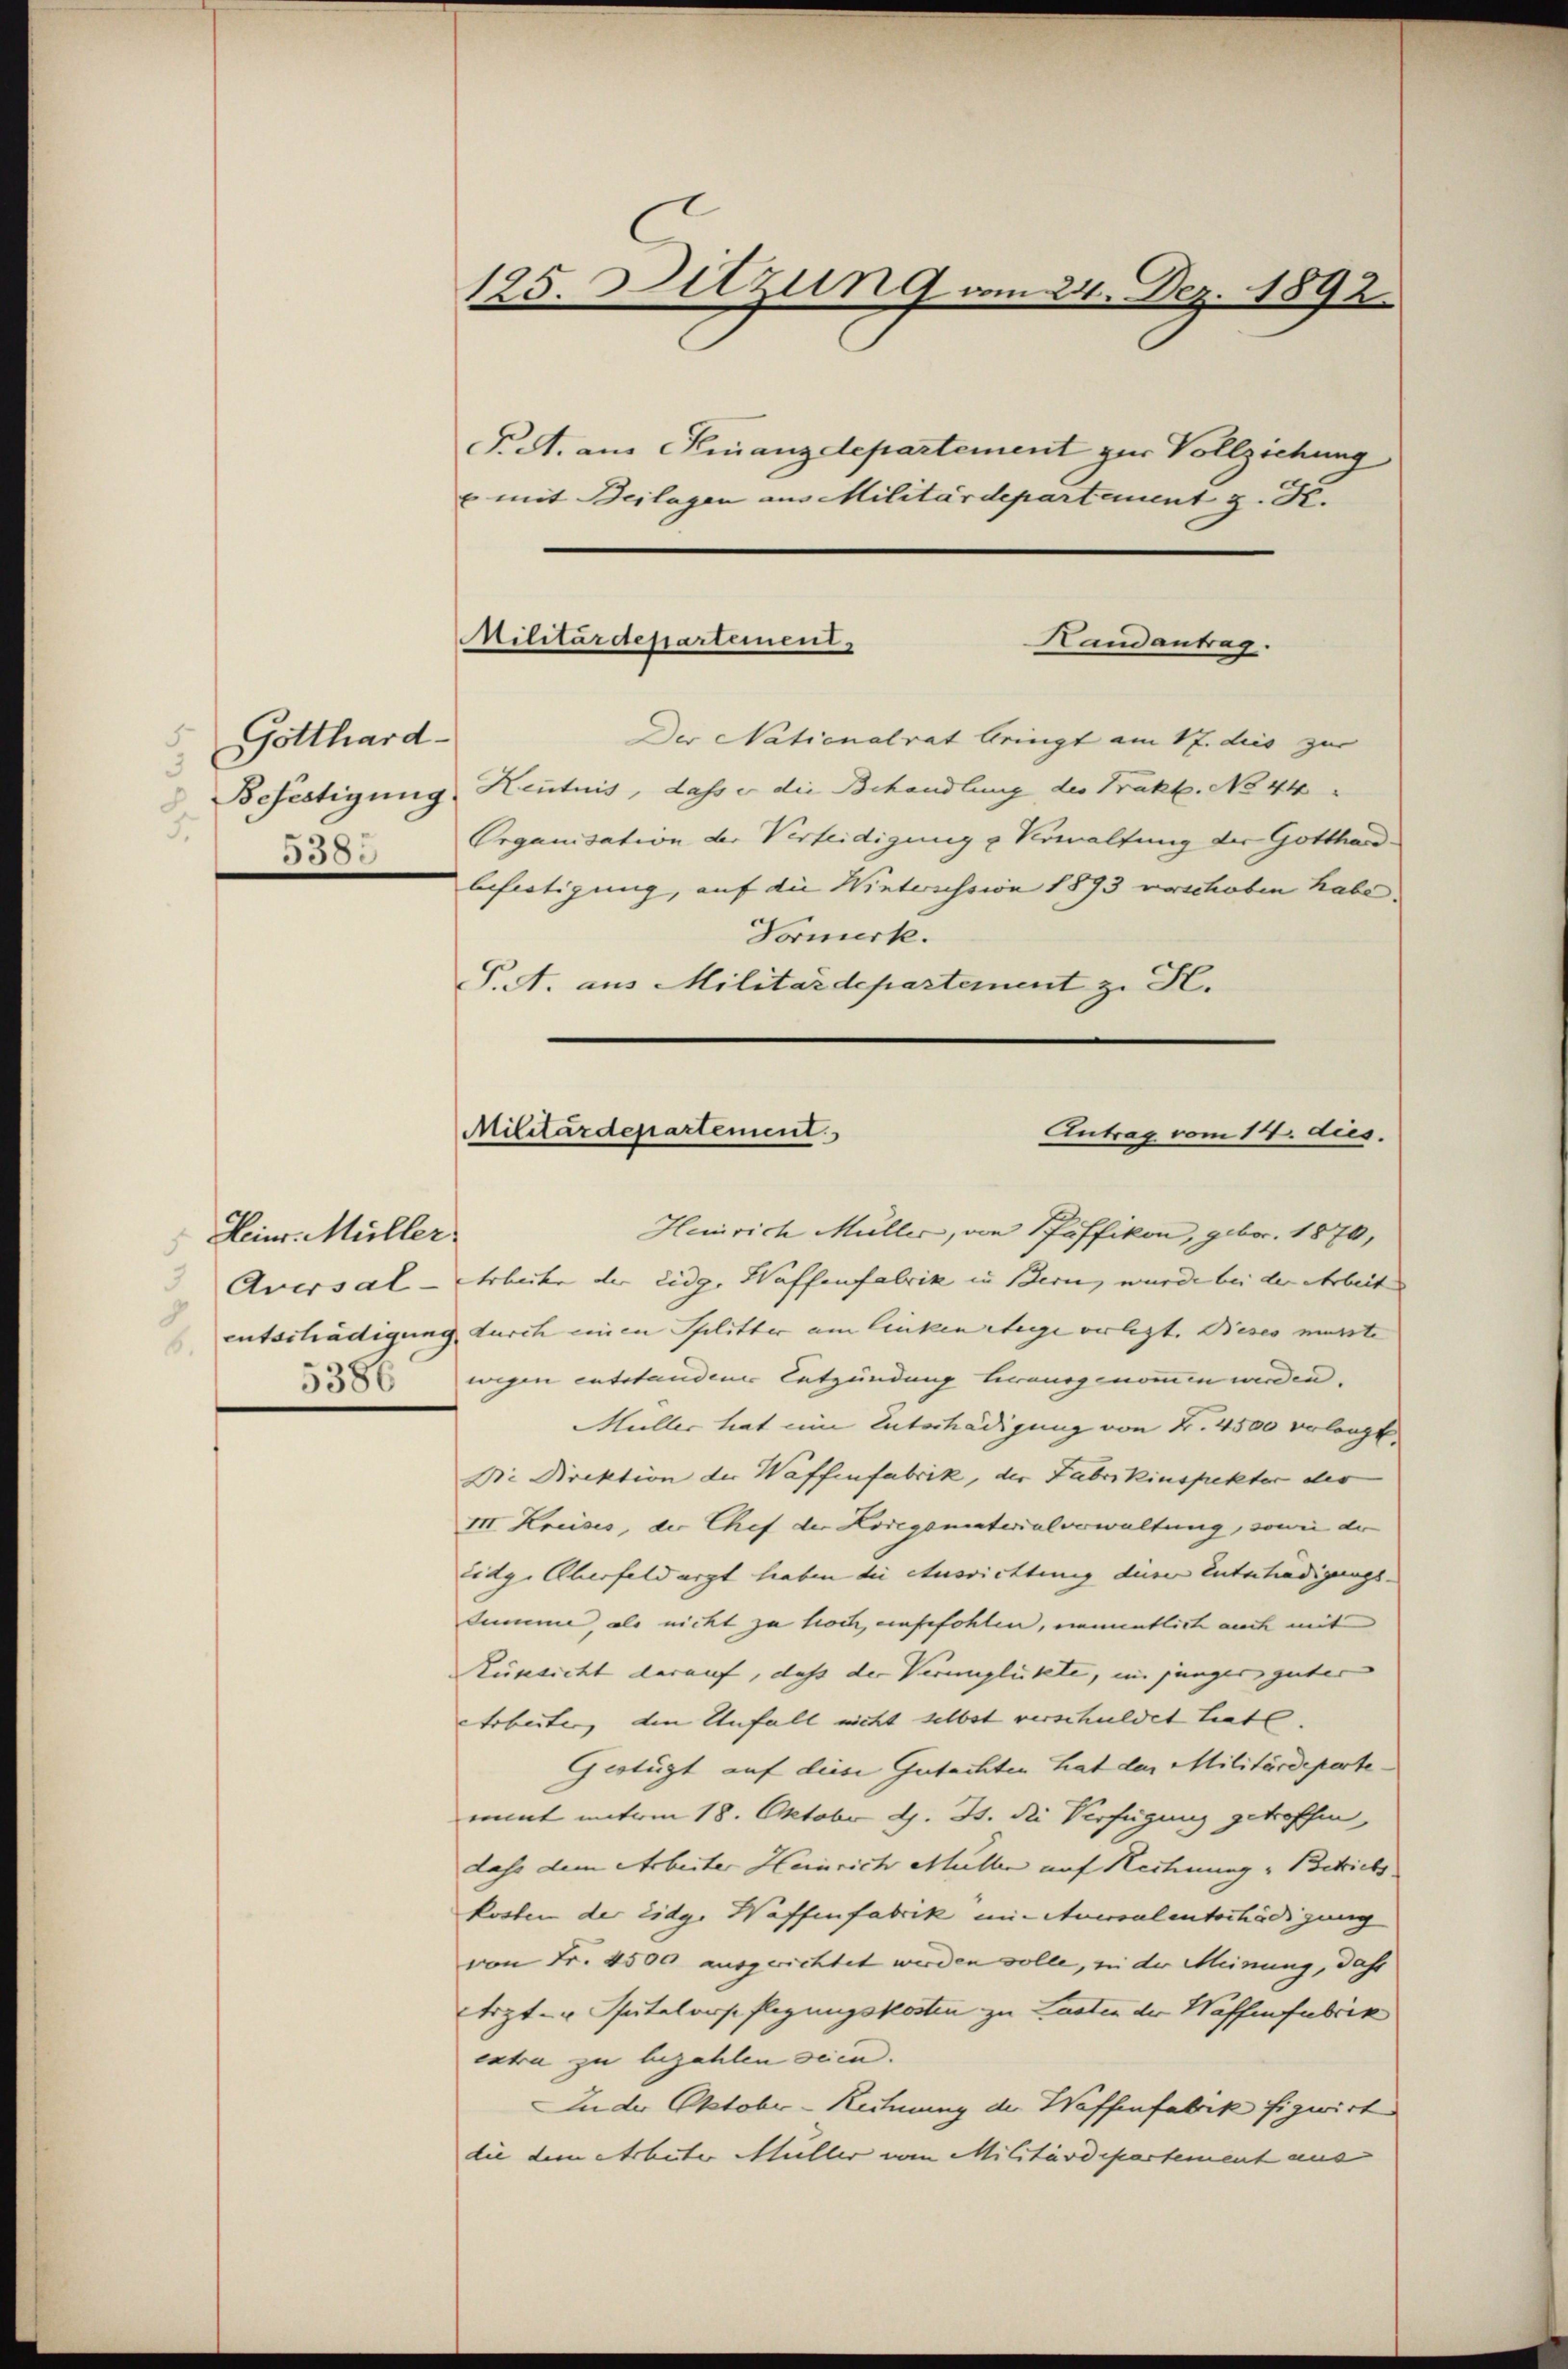
Gotthard-
3
5
355.

Heinr. Müller.

3
3
Aversal-
b.
5386

125. Sitzung am 24. Dez. 1892.

P.S. aus Finanzdepartement zur Vollziehung
u mit Beilagen aus Militärdepartement z. R.
Der Nationalrat bringt am 17. dies zur
Befestigung Hentnis, dass er die Behandlung der Prakt. No 44
Organisation der Verteidigung u Verwaltung der Gotthard.
befertigung, auf die Winteressin 1893 vorschoben habe
Vormerk.
P.. aus Militärdepartement z. H.

Militärdepartement.
Handantrag.

Militärdepartement
Antrag vom 14. dies

Heinrich Müller, von Pfäffikon, gebor. 1870,
Erbeiter der Eidg. Waffenfabrik in Bern, wurde bei der Arbeit
entschädigung durch einen Pflitter am linken Steige verlegt. Bises musste
migen entstandeur Entzündung herausgenommen werden.
Müller hat ein Unterhädigung von Fr. 4500 verlangt.
Die Direktion der Waffenfabrik, der Fabrikinspekter der
III. Kreises, die Chef der Kosegsmaterialverwaltung, sowie der
Eidg. Aherfeld argt hieben die etusrichtung die Intertradigungs-
Summe, als nicht zu hoch, unbefohlen, immentlich auch mit
Rünsicht darauf, daß der Verunglückte, im junger guter
Arbeiten, den Unfall nicht selbst verschuldet habe. |
Gestüzt auf diese Gutachten hat den Militärdeparte-
nimmt unterm 18. Oktober d. B. die Verfügung getroffen,
Lahr dem Arbeiter Heinrich Müller auf Heitung " Betriebs
kosten der Eidg. Waffenfabrik in Auersalentschädigung
von Fr. 4500 ausgerichtet werden wolle, in der Meinung, dahi
Arzt- u Putalonspflegungskosten zu Lasten der Waffenfabrik
extra zu bezahlen sein.
In der October-Rechnung der Waffenfabrik fizwirk
die dem Arbeiter Müller vom Militärdepartement aus